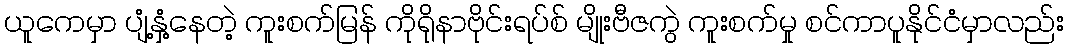
ယူကေမှာ ပျံ့နှံ့နေတဲ့ ကူးစက်မြန် ကိုရိုနာဗိုင်းရပ်စ် မျိုးဗီဇကွဲ ကူးစက်မှု စင်ကာပူနိုင်ငံမှာလည်း